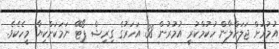
އުމުރަށް ޖަލަށްލާން ހުކުމްކުރީ އުމުރުން 38 އަހަރުގެ ގިރިޝް ޕޯޓޭ ނަމަކަށްކިޔާ މީހެކެވެ.